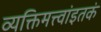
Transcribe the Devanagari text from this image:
व्यक्तिमत्त्वांइतकं